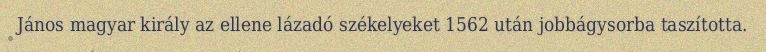
János magyar király az ellene lázadó székelyeket 1562 után jobbágysorba taszította.